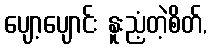
ပျော့ပျောင်း နူးညံ့တဲ့စိတ်,